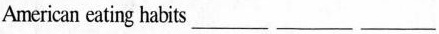
American eating habits ___